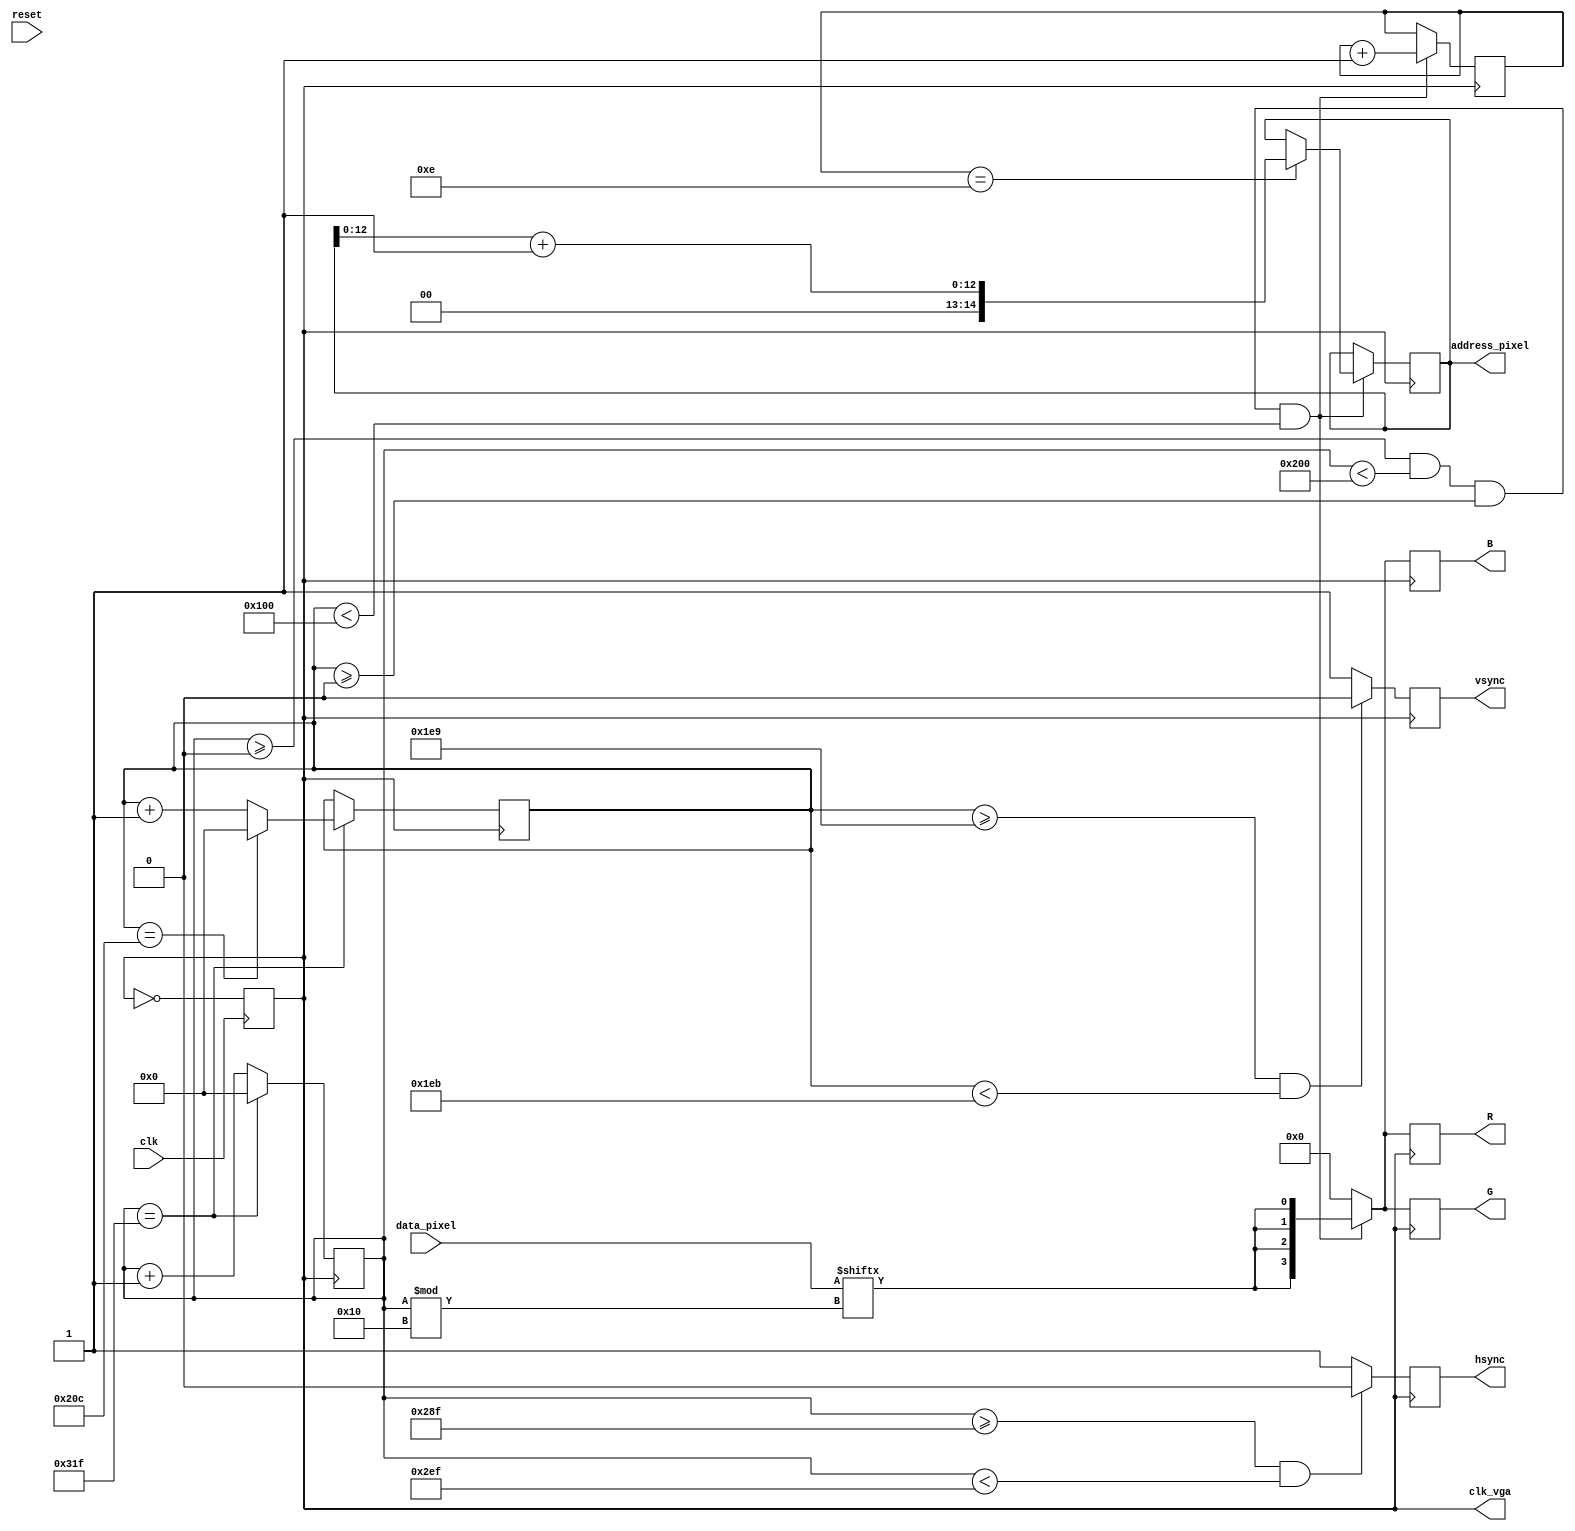
module vga_controller(
// Input from the main module
input clk, // 50Mhz clock
input reset, 
input [15:0] data_pixel, 

// Output to the VGA
output reg [14:0] address_pixel,
output reg clk_vga,
output reg hsync, 
output reg vsync, 
output reg [3:0] R, 
output reg [3:0] G, 
output reg [3:0] B);

// Temporaries
reg  [9:0]  hcount, vcount;
reg  [3:0]  bit_count;
wire [14:0] address_pixel_plus_1;

initial begin
  hsync      = 1;
  vsync      = 1;
  hcount     = 0;
  vcount     = 0;
  bit_count   = 0;
  clk_vga = 0;
  address_pixel =0;
end


// 25Mhz clock
always @(posedge clk) begin
	clk_vga <= !clk_vga;
end


// hsync/vsync generation
always @(posedge clk_vga) begin
if(hcount==799) begin
	hcount <= 0;
	if (vcount == 524) 
		vcount <= 0;
	else
		vcount <= vcount+10'h1;
end else 
	hcount <= hcount+10'h1;

if  (vcount >= 489 && vcount < 491)
	vsync <= 1'b0;
else
	vsync <= 1'b1;
	
if (hcount >= 655 && hcount < 751)
	hsync <= 1'b0;
else
	hsync <= 1'b1;
	
end


assign address_pixel_plus_1 = (address_pixel + 15'h1);

// pixel filling
always @(posedge clk_vga) begin
    if(hcount >= 0 && hcount <512 && vcount >= 0 && vcount < 256) begin
	   R <= {4{data_pixel[hcount % 16]}};
		G <= {4{data_pixel[hcount % 16]}};
		B <= {4{data_pixel[hcount % 16]}};

		bit_count <= bit_count+4'h1;
		
		// Start fetching the next data_pixel one cycle earlier
		if (bit_count == 14) begin
			address_pixel <= address_pixel_plus_1[12:0];
		end
		
    end else begin
		R<=4'b0000;
		G<=4'b0000;
		B<=4'b0000;
	end
end
    
endmodule